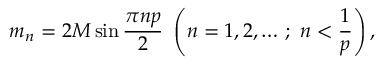
m _ { n } = 2 M \sin \frac { \pi n p } { 2 } ~ \left( n = 1 , 2 , \ldots \, ; ~ n < \frac { 1 } { p } \right) ,